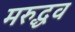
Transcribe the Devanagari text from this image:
मरुद्धव